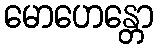
မောဟေန္တော